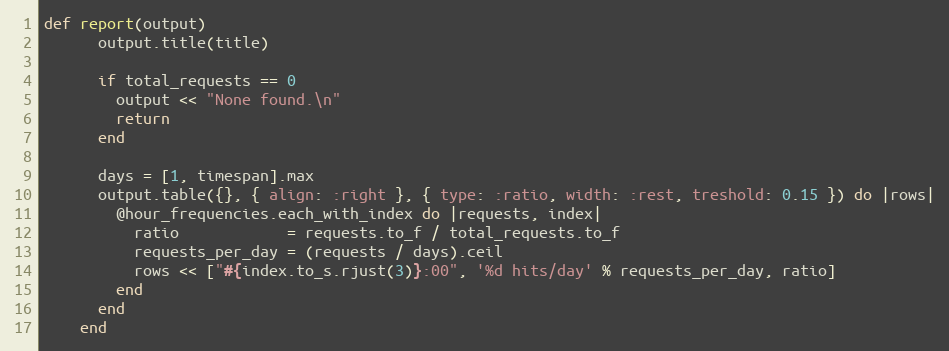
Language: Ruby
def report(output)
      output.title(title)

      if total_requests == 0
        output << "None found.\n"
        return
      end

      days = [1, timespan].max
      output.table({}, { align: :right }, { type: :ratio, width: :rest, treshold: 0.15 }) do |rows|
        @hour_frequencies.each_with_index do |requests, index|
          ratio            = requests.to_f / total_requests.to_f
          requests_per_day = (requests / days).ceil
          rows << ["#{index.to_s.rjust(3)}:00", '%d hits/day' % requests_per_day, ratio]
        end
      end
    end